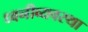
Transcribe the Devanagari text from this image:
ध्वनीव्यवस्था